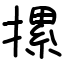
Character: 摞